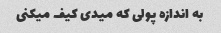
به اندازه پولی که میدی کیف میکنی